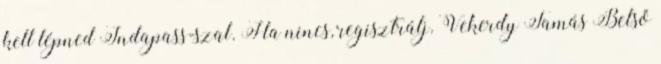
kell lépned Indapass-szal. Ha nincs, regisztrálj. Vekerdy Tamás Belső